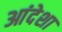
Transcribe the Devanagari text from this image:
आंदेशा